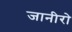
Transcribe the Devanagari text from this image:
जानीरो